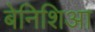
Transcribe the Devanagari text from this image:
बेनिशिआ